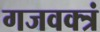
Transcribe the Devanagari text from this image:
गजवक्त्रं